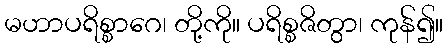
မဟာပရိစ္စာဂေ၊ တို့ကို။ ပရိစ္စဇိတွာ၊ ကုန်၍။